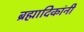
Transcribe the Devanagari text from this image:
ब्रह्मादिकांनी